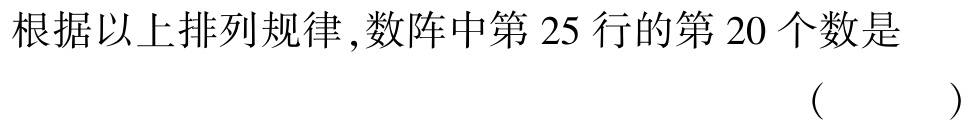
根据以上排列规律 ,数阵中第 \(25\) 行的第 \(20\) 个数是 （  ）